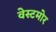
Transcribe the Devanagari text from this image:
वेस्टमोर